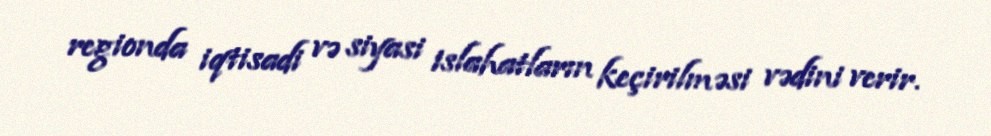
regionda iqtisadi və siyasi islahatların keçirilməsi vədini verir.